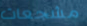
مشجعات